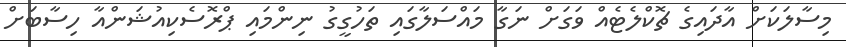
މިސާލަކަށް އާދައިގެ ޗޮކްލެޓެއް ވަގަށް ނަގާ މައްސަލާގައި ތަހުގީގު ނިންމައި ޕްރޮސެކިއުޝަންއާ ހިސާބަށް